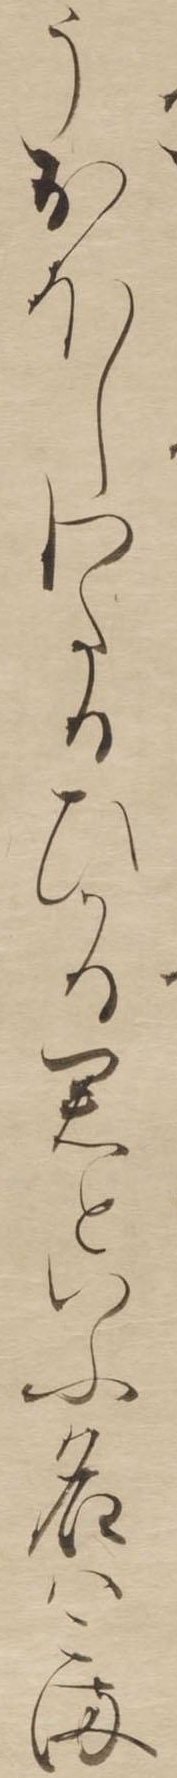
うおほしわたるひかる君といふ名はこま